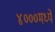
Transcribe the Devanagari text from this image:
४०००मध्ये